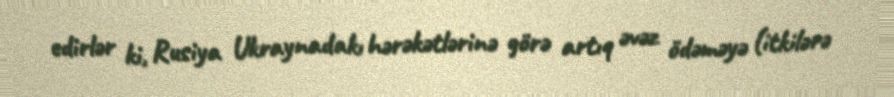
edirlər ki, Rusiya Ukraynadakı hərəkətlərinə görə artıq əvəz ödəməyə (itkilərə